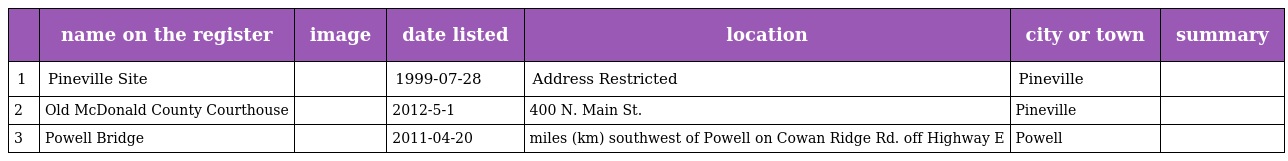
|  | name on the register | image | date listed | location | city or town | summary |
 | --- | --- | --- | --- | --- | --- | --- |
 | 1 | Pineville Site |  | 1999-07-28 | Address Restricted | Pineville |  |
 | 2 | Old McDonald County Courthouse |  | 2012-5-1 | 400 N. Main St. | Pineville |  |
 | 3 | Powell Bridge |  | 2011-04-20 | miles (km) southwest of Powell on Cowan Ridge Rd. off Highway E | Powell |  |